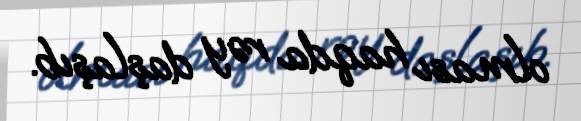
olması haqda rəy daşlaşıb.